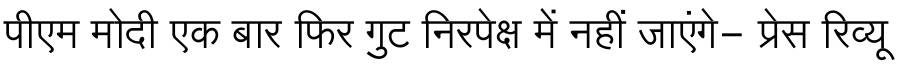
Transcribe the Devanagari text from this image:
पीएम मोदी एक बार फिर गुट निरपेक्ष में नहीं जाएंगे- प्रेस रिव्यू